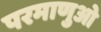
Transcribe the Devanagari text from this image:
परमाणुओ